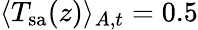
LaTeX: \langle T_{\mathrm{sa}}(z)\rangle_{A,t}=0.5